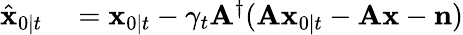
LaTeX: \begin{array}{rl}{\hat{\mathbf{x}}_{0\mid t}}&{{}=\mathbf{x}_{0\mid t}-\gamma_{t}\mathbf{A}^{\dagger}(\mathbf{A}\mathbf{x}_{0\mid t}-\mathbf{A}\mathbf{x}-\mathbf{n})}\end{array}